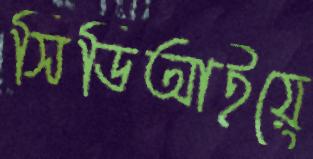
সিডিআইয়ে